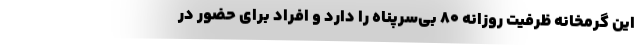
این گرمخانه ظرفیت روزانه ۸۰ بی‌سرپناه را دارد و افراد برای حضور در